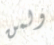
ولمن